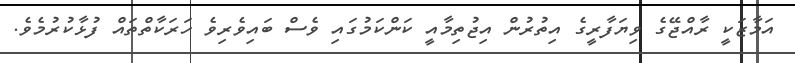
އަމާޒަކީ ރާއްޖޭގެ ވިޔަފާރީގެ އިތުރުން އިޖުތިމާއީ ކަންކަމުގައި ވެސް ބައިވެރިވެ ހަރަކާތްތައް ފުޅާކުރުމެވެ.